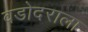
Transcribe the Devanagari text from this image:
वडोदराला